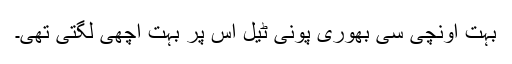
بہت اونچی سی بھوری پونی ٹیل اس پر بہت اچھی لگتی تھی۔